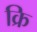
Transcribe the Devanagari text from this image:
क्रि